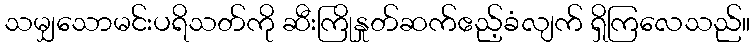
သမျှသောမင်းပရိသတ်ကို ဆီးကြိုနှုတ်ဆက်ဧည့်ခံလျက် ရှိကြလေသည်။